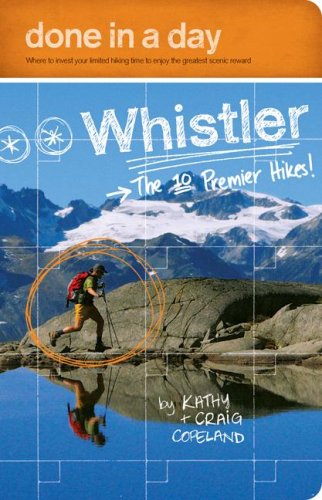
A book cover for Done in a Day Whistler: The 10 Premier Hikes; Kathy Copeland; Travel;